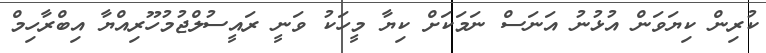
ކުރިން ކިޔަވަން އުޅުނު އަނަސް ނަމަކަށް ކިޔާ މީހަކު ވަނީ ރައީސުލްޖުމުހޫރިއްޔާ އިބްރާހިމް